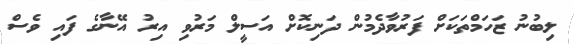
ލިބުނު ޒަހަމްތަކަށް ފަރުވާދެމުން ދަނިކޮށް އަސީލް މަރުވި އިރު އޭނާގެ ފައި ވެސް